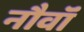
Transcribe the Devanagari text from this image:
नौवॉं